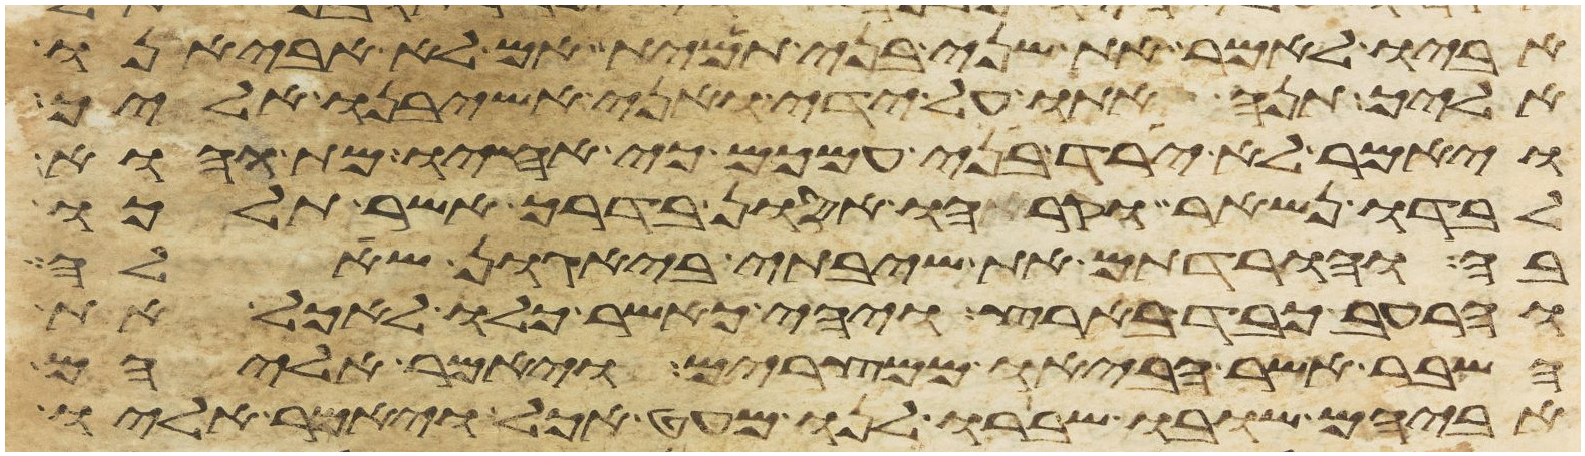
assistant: אביו לאמר את שני בני תמית אם לא אביאנו
אליך תנה אתו על ידי ואני אשיבנו אליך
ויאמר לא ירד בני עמכם כי אחיו מת והוא
לבדו נשאר וקראהו אסון בדרך אשר תלכו
בה והורדתם את שיבתי ביגון שאלה
והרעב כבד בארץ ויהי כאשר כלו לאכל את
השבר אשר הביאו ממצרים ויאמר אליהם
אביהם שובו ושברו לנו מעט אכל ויאמר אליו